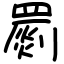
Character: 罽